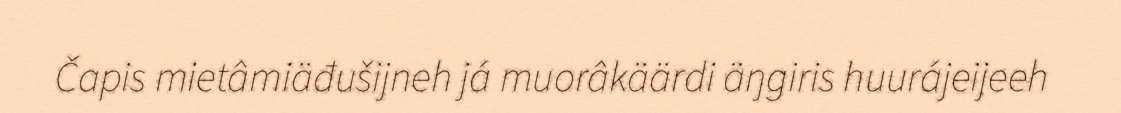
Čapis mietâmiäđušijneh já muorâkäärdi äŋgiris huurájeijeeh